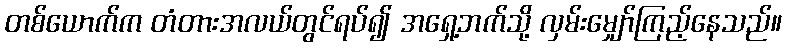
တစ်ယောက်က တံတားအလယ်တွင်ရပ်၍ အရှေ့ဘက်သို့ လှမ်းမျှော်ကြည့်နေသည်။